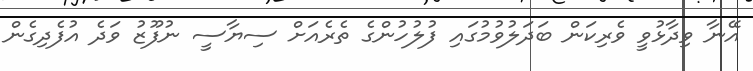
އޭނާ ވިދާޅުވީ ވެރިކަން ބަދަލުވުމުގައި ފުލުހުންގެ ތެރެއަށް ސިޔާސީ ނުފޫޒު ވަދެ އުފެދިގެން